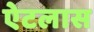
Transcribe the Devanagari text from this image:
ऐटलास